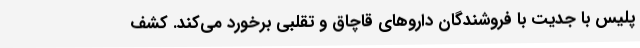
پلیس با جدیت با فروشندگان داروهای قاچاق و تقلبی برخورد می‌کند. کشف